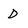
Character: D